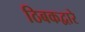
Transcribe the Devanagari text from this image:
ठिबकद्वारे